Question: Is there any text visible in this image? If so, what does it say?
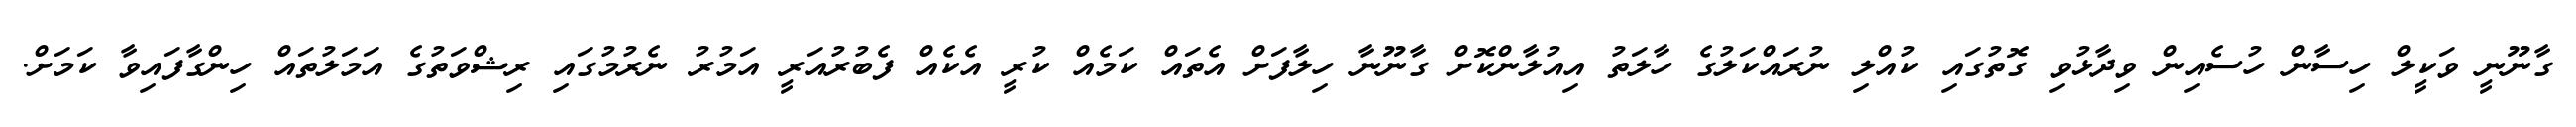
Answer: ގާނޫނީ ވަކީލް ހިސާން ހުސެއިން ވިދާޅުވި ގޮތުގައި ކުއްލި ނުރައްކަލުގެ ހާލަތު އިއުލާންކޮށް ގާނޫނާ ހިލާފަށް އެތައް ކަމެއް ކުރީ އެކެއް ފެބުރުއަރީ އަމުރު ނެރުމުގައި ރިޝްވަތުގެ އަމަލުތައް ހިންގާފައިވާ ކަމަށް.